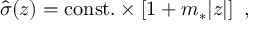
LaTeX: { \widehat \sigma } ( z ) = \mathrm { c o n s t . } \times \left[ 1 + m _ { * } | z | \right] ~ ,